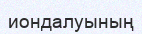
иондалуының